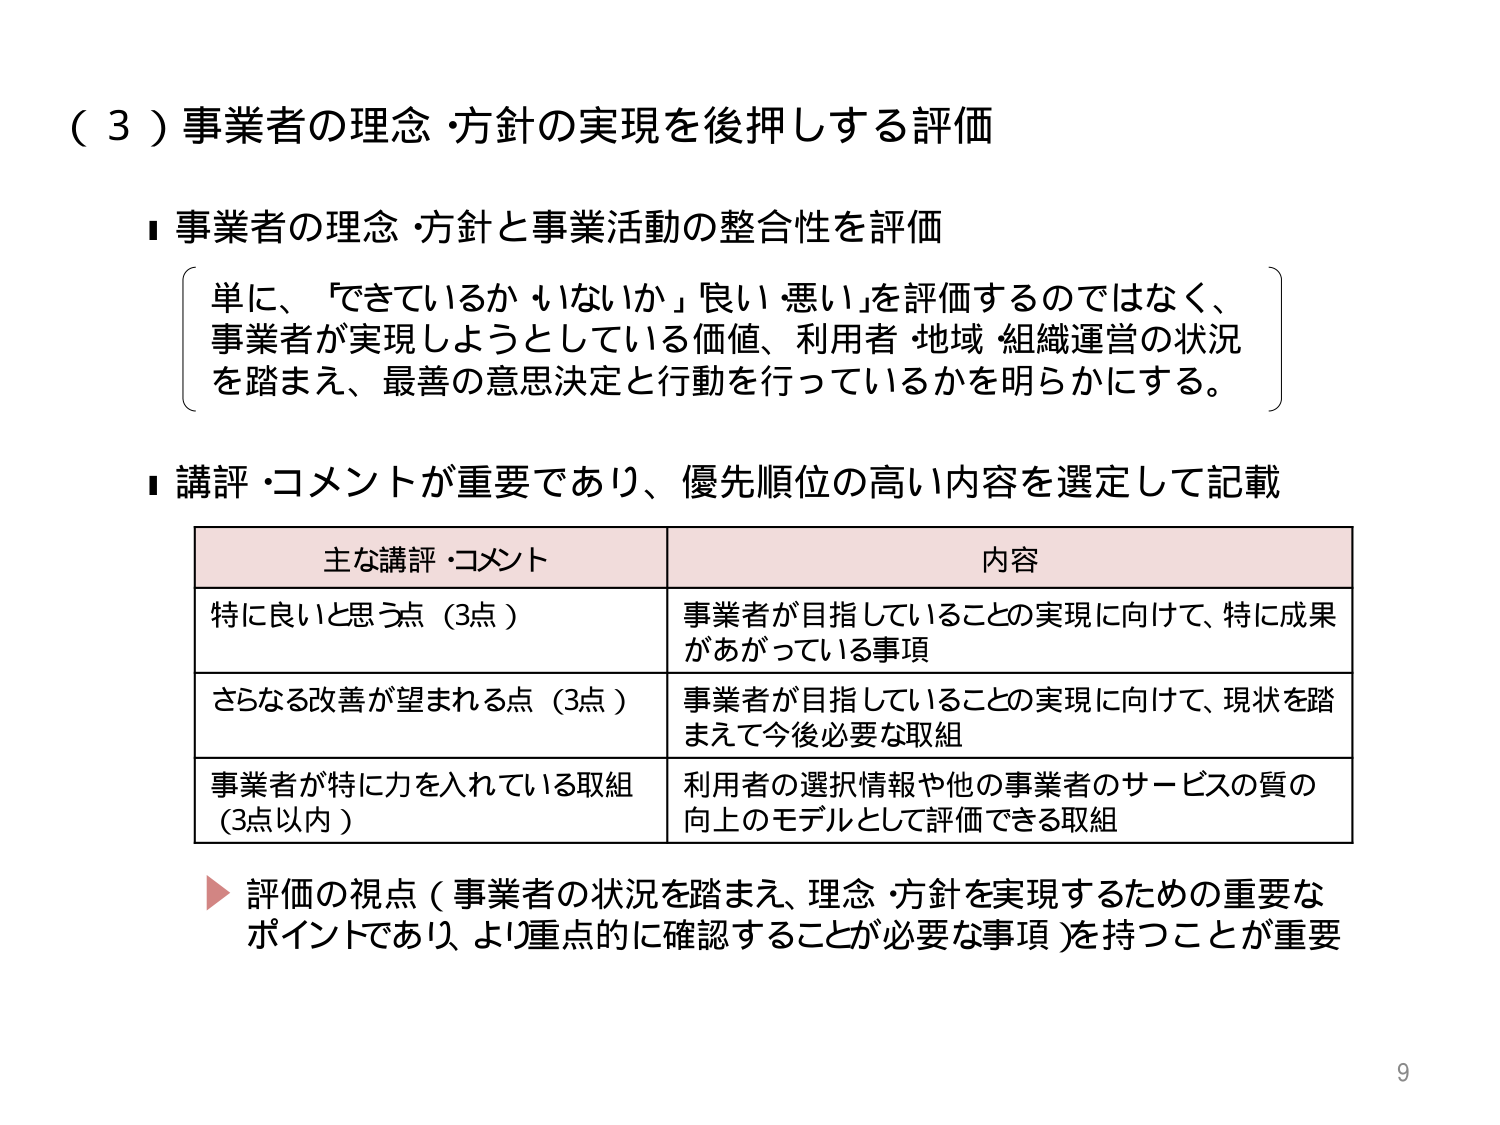
（３）事業者の理念・方針の実現を後押しさせる評価

■ 事業者の理念・方針と事業活動の整合性を評価

　単に、「できているか・いないか」「良い・悪い」を評価するのではなく、
　事業者が実現しようとしている価値、利用者・地域・組織運営の状況
　を踏まえ、最善の意思決定と行動を行っているかを明らかにする。

■ 講評・コメントが重要であり、優先順位の高い内容を選定して記載

　主な講評・コメント　　　　　　　　　　　　　　　内容
　特に良いと思う点（3点）　　　　　　　　　　　　事業者が目指していることの実現に向けて、特に成果
　　　　　　　　　　　　　　　　　　　　　　　　　があがっている事項
　さらなる改善が望まれる点（3点）　　　　　　　　事業者が目指していることの実現に向けて、現状を踏
　　　　　　　　　　　　　　　　　　　　　　　　　まえて今後必要な取組
　事業者が特に力を入れている取組　　　　　　　　利用者の選択情報や他の事業者のサービスの質の
　（3点以内）　　　　　　　　　　　　　　　　　　向上のモデルとして評価できる取組

▶ 評価の視点（事業者の状況を踏まえ、理念・方針を実現するための重要な
　ポイントであり、より重点的に確認することが必要な事項）を持つことが重要

9